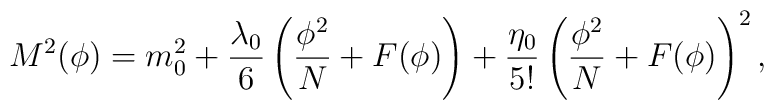
M^2(\phi)=m^2_0+\frac{\lambda_0}{6}\left( \frac{\phi^2}{N}+F(\phi)\right) + \frac{\eta_0}{5!}\left( \frac{\phi^2}{N}+ F(\phi)\right)^2,